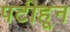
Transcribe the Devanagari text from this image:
पटीहून